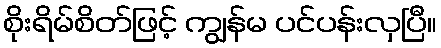
စိုးရိမ်စိတ်ဖြင့် ကျွန်မ ပင်ပန်းလှပြီ။